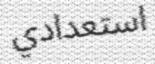
استعدادي